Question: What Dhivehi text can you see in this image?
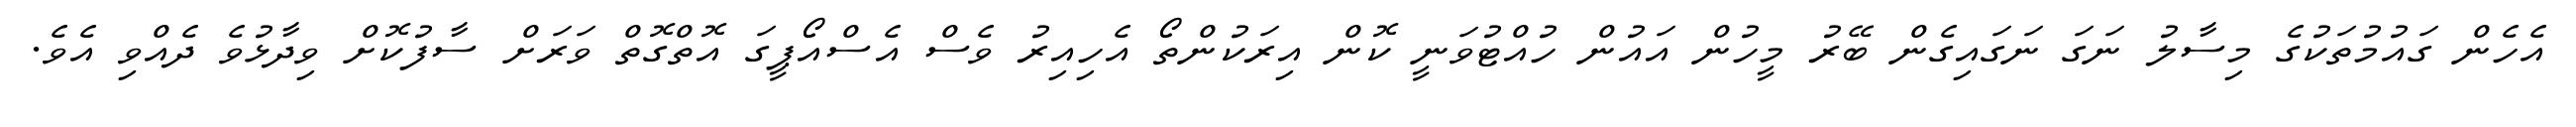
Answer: އެހެން ގައުމުތަކުގެ މިސާލު ނަގަ ނަގައިގެން ބޭރު މީހުން އައުން ހުއްޓުވަނީ ކޮން އިރަކުންތޯ އެހިއިރު ވެސް އެސްއޯޕީގަ އޮތްގޮތް ވަރަށް ސާފުކޮށް ވިދާޅުވެ ދެއްވި އެވެ.